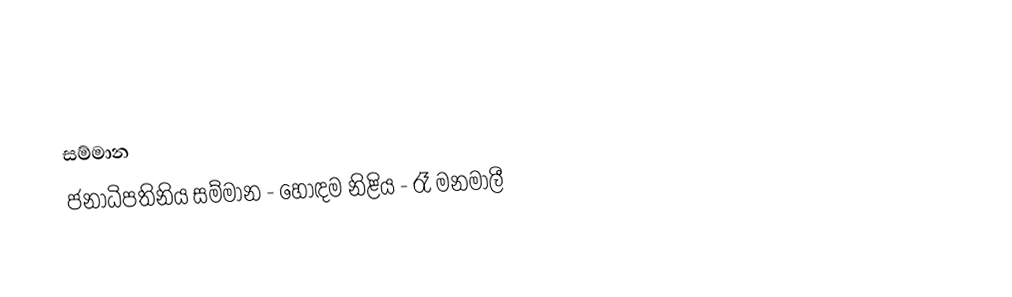

සම්මාන
ජනාධිපතිනිය සම්මාන - හොඳම නිළිය - රෑ මනමාලී